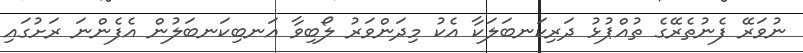
ނުވަރޭ ފެނުތެރޭގެ ތުއްޕުޅު ދަރިކަނބަލަކާ އެކު މިދަންވަރު ލޯބިވާ އަނބިކަނބަލުން އެފެންނަ ރަށުގައި